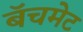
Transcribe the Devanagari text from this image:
बॅचमेट